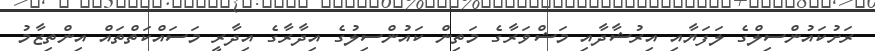
ރަށުކައުންސިލްގެ ލަފަޔާއި އިރުޝާދާއި މަޝްވަރާގެ މަތިން ކައުންސިލުގެ އިދާރާގެ އިދާރީ މަސައްކަތްތައް އިންތިޒާމު